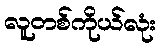
လူတစ်ကိုယ်လုံး